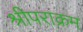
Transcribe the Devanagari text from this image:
श्रीपराक्रम